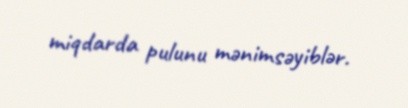
miqdarda pulunu mənimsəyiblər.